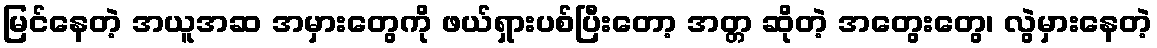
မြင်နေတဲ့ အယူအဆ အမှားတွေကို ဖယ်ရှားပစ်ပြီးတော့ အတ္တ ဆိုတဲ့ အတွေးတွေ၊ လွဲမှားနေတဲ့